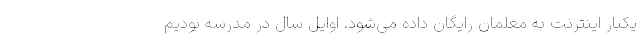
یکبار اینترنت به معلمان رایگان داده می‌شود. اوایل سال در مدرسه بودیم